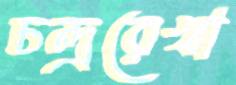
চন্দ্ররেখা